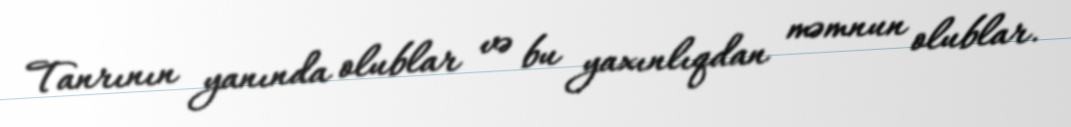
Tanrının yanında olublar və bu yaxınlıqdan məmnun olublar.